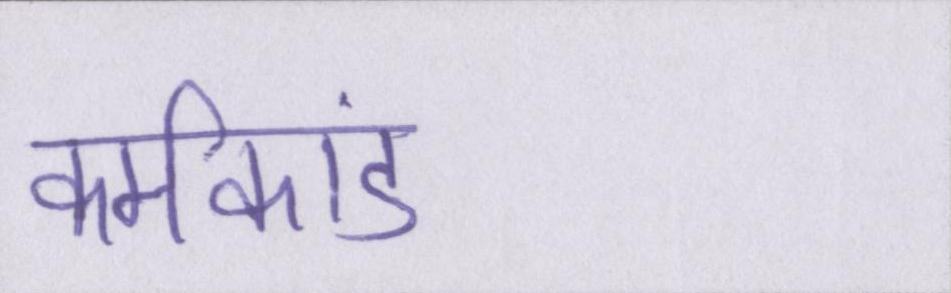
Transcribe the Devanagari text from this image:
कर्मकांड